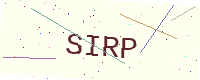
Text: SIRP